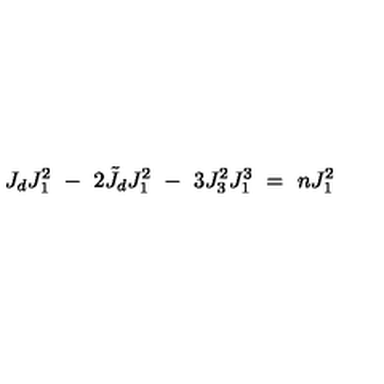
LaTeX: J _ { d } J _ { 1 } ^ { 2 } \ - \ 2 \tilde { J } _ { d } J _ { 1 } ^ { 2 } \ - \ 3 J _ { 3 } ^ { 2 } J _ { 1 } ^ { 3 } \ = \ n J _ { 1 } ^ { 2 }